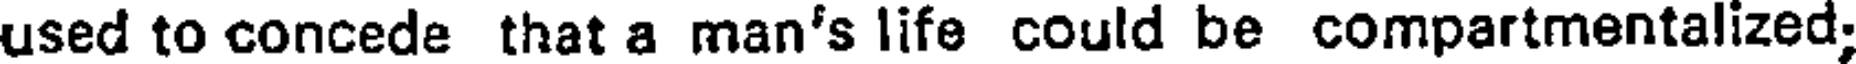
used to concede that a man's life could be compartmentalized;